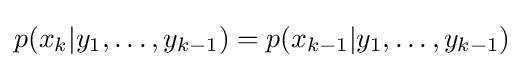
p(x_{k}|y_{1},\ldots ,y_{k-1})=p(x_{k-1}|y_{1},\ldots ,y_{k-1})